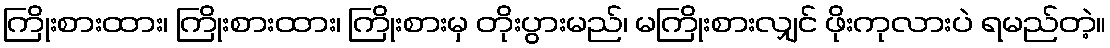
ကြိုးစားထား၊ ကြိုးစားထား၊ ကြိုးစားမှ တိုးပွားမည်၊ မကြိုးစားလျှင် ဖိုးကုလားပဲ ရမည်တဲ့။